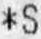
*S